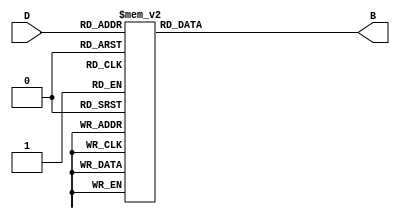
module DecimalToBinaryEncoder (
    input  [3:0] D,   // 4-bit input representing decimal digits (0 to 9)
    output reg [3:0] B // 4-bit output representing binary equivalent
);

// Combinational logic to convert decimal to binary
always @(*) begin
    case (D)
        4'b0000: B = 4'b0000; // 0
        4'b0001: B = 4'b0001; // 1
        4'b0010: B = 4'b0010; // 2
        4'b0011: B = 4'b0011; // 3
        4'b0100: B = 4'b0100; // 4
        4'b0101: B = 4'b0101; // 5
        4'b0110: B = 4'b0110; // 6
        4'b0111: B = 4'b0111; // 7
        4'b1000: B = 4'b1000; // 8
        4'b1001: B = 4'b1001; // 9
        default: B = 4'bXXXX; // Invalid input (10 to 15)
    endcase
end

endmodule